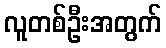
လူတစ်ဦးအတွက်